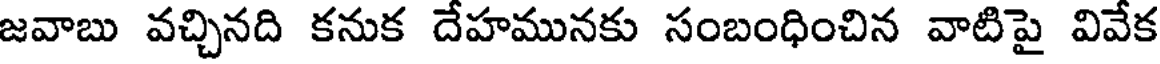
జవాబు వచ్చినది కనుక దేహమునకు సంబంధించిన వాటిపై వివేక